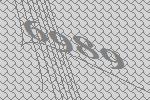
6989